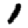
Digit: 1